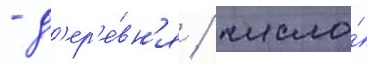
- д'ер'е́вн'я / число́